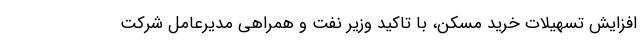
افزایش تسهیلات خرید مسکن، با تاکید وزیر نفت و همراهی مدیرعامل شرکت